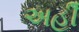
અહીઁ